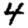
Digit: 4